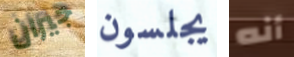
جيران يجلسون أنه